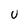
Character: U